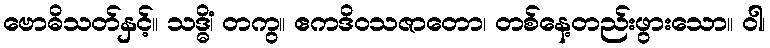
ဗောဓိသတ်နှင့်။ သဒ္ဓိံ၊ တကွ။ ဧကဒိဝသဇာတော၊ တစ်နေ့တည်းဖွားသော။ ဝါ၊